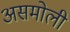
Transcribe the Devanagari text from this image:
असमोली